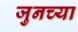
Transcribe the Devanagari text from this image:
जुनच्या